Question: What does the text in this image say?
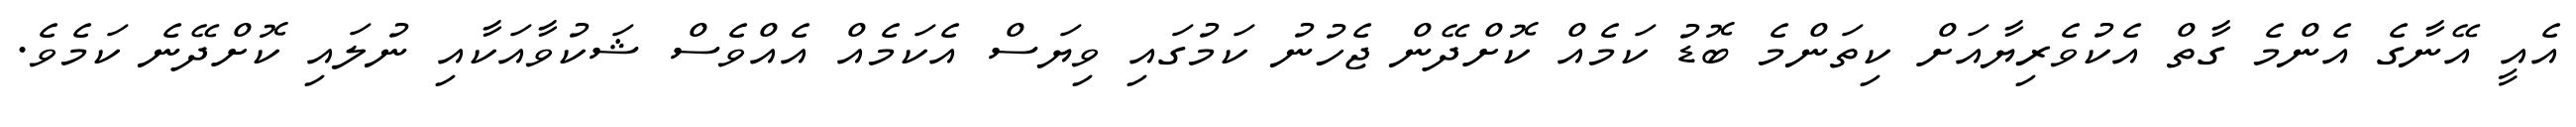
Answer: އެއީ އޭނާގެ އެންމެ ގާތް އެކުވެރިޔާއަށް ކިތަންމެ ބޮޑު ކަމެއް ކޮށްދޭން ޖެހުނު ކަމުގައި ވިޔަސް އެކަމެއް އެއްވެސް ޝަކުވާއަކާއި ނުލައި ކޮށްދޭނެ ކަމެވެ.